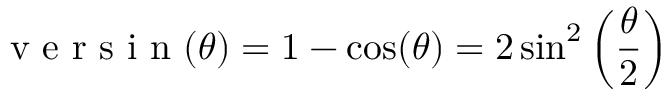
{ \textrm { v e r s i n } } ( \theta ) = 1 - \cos ( \theta ) = 2 \sin ^ { 2 } \left( { \frac { \theta } { 2 } } \right)